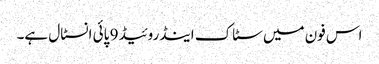
اس فون میں سٹاک اینڈروئیڈ 9 پائی انسٹال ہے۔